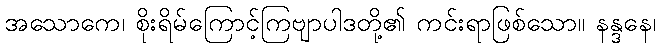
အသောကေ၊ စိုးရိမ်ကြောင့်ကြဗျာပါဒတို့၏ ကင်းရာဖြစ်သော။ နန္ဒနေ၊